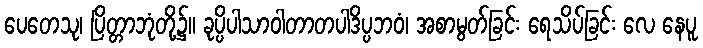
ပေတေသု၊ ပြိတ္တာဘုံတို့၌။ ခုပ္ပိပါသာဝါတာတပါဒိပ္ပဘဝံ၊ အစာမွတ်ခြင်း ရေသိပ်ခြင်း လေ နေပူ